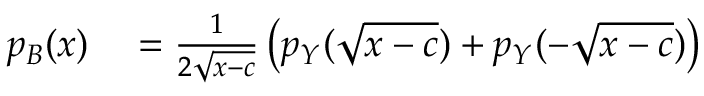
\begin{array} { r l } { p _ { B } ( x ) } & { { } = \frac { 1 } { 2 \sqrt { x - c } } \left( p _ { Y } ( \sqrt { x - c } ) + p _ { Y } ( - \sqrt { x - c } ) \right) } \end{array}